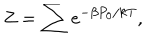
Z = \sum e ^ { - \beta P _ { 0 } / k T } ,